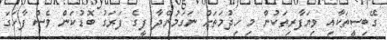
ގޭބިސީތަކާއި ވިޔަފާރިތަކުން މި ހިދުމަތަށް ނަގަމުންދާ ފީގެ ފަރަގު ބޮޑުކަން ވެސް ފާހަގަ